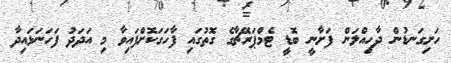
ހަށިގަނޑުން ދާހިއްލަން ފަށާނީ ބޮޑީ ޓެމްޕަރޭޗާގެ ގޮތުގައި ފާހަގަކޮށްފައިވާ މި އަދަދު ފަހަނަޅައިދާ